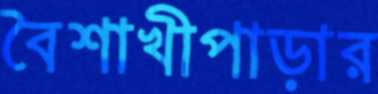
বৈশাখীপাড়ার